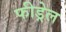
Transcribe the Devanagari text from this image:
फीड्रेल